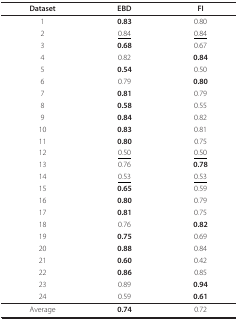
<table><thead><tr><td><b>Dataset</b></td><td><b>EBD</b></td><td><b>FI</b></td></tr></thead><tbody><tr><td>1</td><td><b>0.83</b></td><td>0.80</td></tr><tr><td>2</td><td><underline>0.84</underline></td><td><underline>0.84</underline></td></tr><tr><td>3</td><td><b>0.68</b></td><td>0.67</td></tr><tr><td>4</td><td>0.82</td><td><b>0.84</b></td></tr><tr><td>5</td><td><b>0.54</b></td><td>0.50</td></tr><tr><td>6</td><td>0.79</td><td><b>0.80</b></td></tr><tr><td>7</td><td><b>0.81</b></td><td>0.79</td></tr><tr><td>8</td><td><b>0.58</b></td><td>0.55</td></tr><tr><td>9</td><td><b>0.84</b></td><td>0.82</td></tr><tr><td>10</td><td><b>0.83</b></td><td>0.81</td></tr><tr><td>11</td><td><b>0.80</b></td><td>0.75</td></tr><tr><td>12</td><td><underline>0.50</underline></td><td><underline>0.50</underline></td></tr><tr><td>13</td><td>0.76</td><td><b>0.78</b></td></tr><tr><td>14</td><td><underline>0.53</underline></td><td><underline>0.53</underline></td></tr><tr><td>15</td><td><b>0.65</b></td><td>0.59</td></tr><tr><td>16</td><td><b>0.80</b></td><td>0.79</td></tr><tr><td>17</td><td><b>0.81</b></td><td>0.75</td></tr><tr><td>18</td><td>0.76</td><td><b>0.82</b></td></tr><tr><td>19</td><td><b>0.75</b></td><td>0.69</td></tr><tr><td>20</td><td><b>0.88</b></td><td>0.84</td></tr><tr><td>21</td><td><b>0.60</b></td><td>0.42</td></tr><tr><td>22</td><td><b>0.86</b></td><td>0.85</td></tr><tr><td>23</td><td>0.89</td><td><b>0.94</b></td></tr><tr><td>24</td><td>0.59</td><td><b>0.61</b></td></tr><tr><td>Average</td><td><b>0.74</b></td><td>0.72</td></tr></tbody></table>